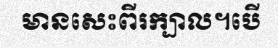
មានសេះពីរក្បាល។បើ